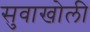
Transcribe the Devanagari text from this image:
सुवाखोली